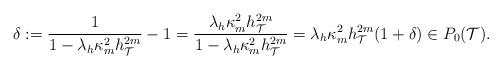
LaTeX: \begin{align*}\delta:=\frac{1}{1-\lambda_h\kappa_{m}^2h_{\mathcal{T}}^{2{m}}}-1=\frac{\lambda_h\kappa_{m}^2h_{\mathcal{T}}^{2{m}}}{1-\lambda_h\kappa_{m}^2h_{\mathcal{T}}^{2{m}}}=\lambda_h\kappa_{m}^2h_{\mathcal{T}}^{2{m}}(1+\delta)\in P_0(\mathcal{T}). \end{align*}